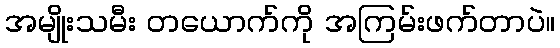
အမျိုးသမီး တယောက်ကို အကြမ်းဖက်တာပဲ။